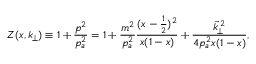
Z ( x , k _ { \! \perp } ) \equiv 1 + \frac { p ^ { 2 } } { p _ { a } ^ { 2 } } = 1 + \frac { m ^ { 2 } } { p _ { a } ^ { 2 } } \frac { ( x - \frac { 1 } { 2 } ) ^ { 2 } } { x ( 1 - x ) } + \frac { \vec { k } _ { \! \perp } ^ { \, 2 } } { 4 p _ { a } ^ { 2 } x ( 1 - x ) } ,